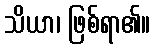
သိယာ၊ ဖြစ်ရာ၏။